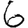
Digit: 6